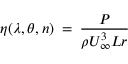
\eta ( \lambda , \theta , n ) \: = \: \frac { P } { \rho U _ { \infty } ^ { 3 } L r }